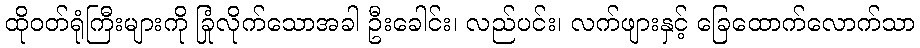
ထိုဝတ်ရုံကြီးများကို ခြုံလိုက်သောအခါ ဦးခေါင်း၊ လည်ပင်း၊ လက်ဖျားနှင့် ခြေထောက်လောက်သာ